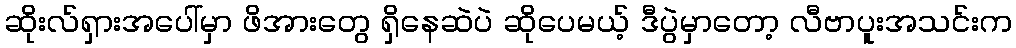
ဆိုးလ်ရှားအပေါ်မှာ ဖိအားတွေ ရှိနေဆဲပဲ ဆိုပေမယ့် ဒီပွဲမှာတော့ လီဗာပူးအသင်းက